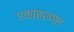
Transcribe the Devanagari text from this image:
एकांतरणत